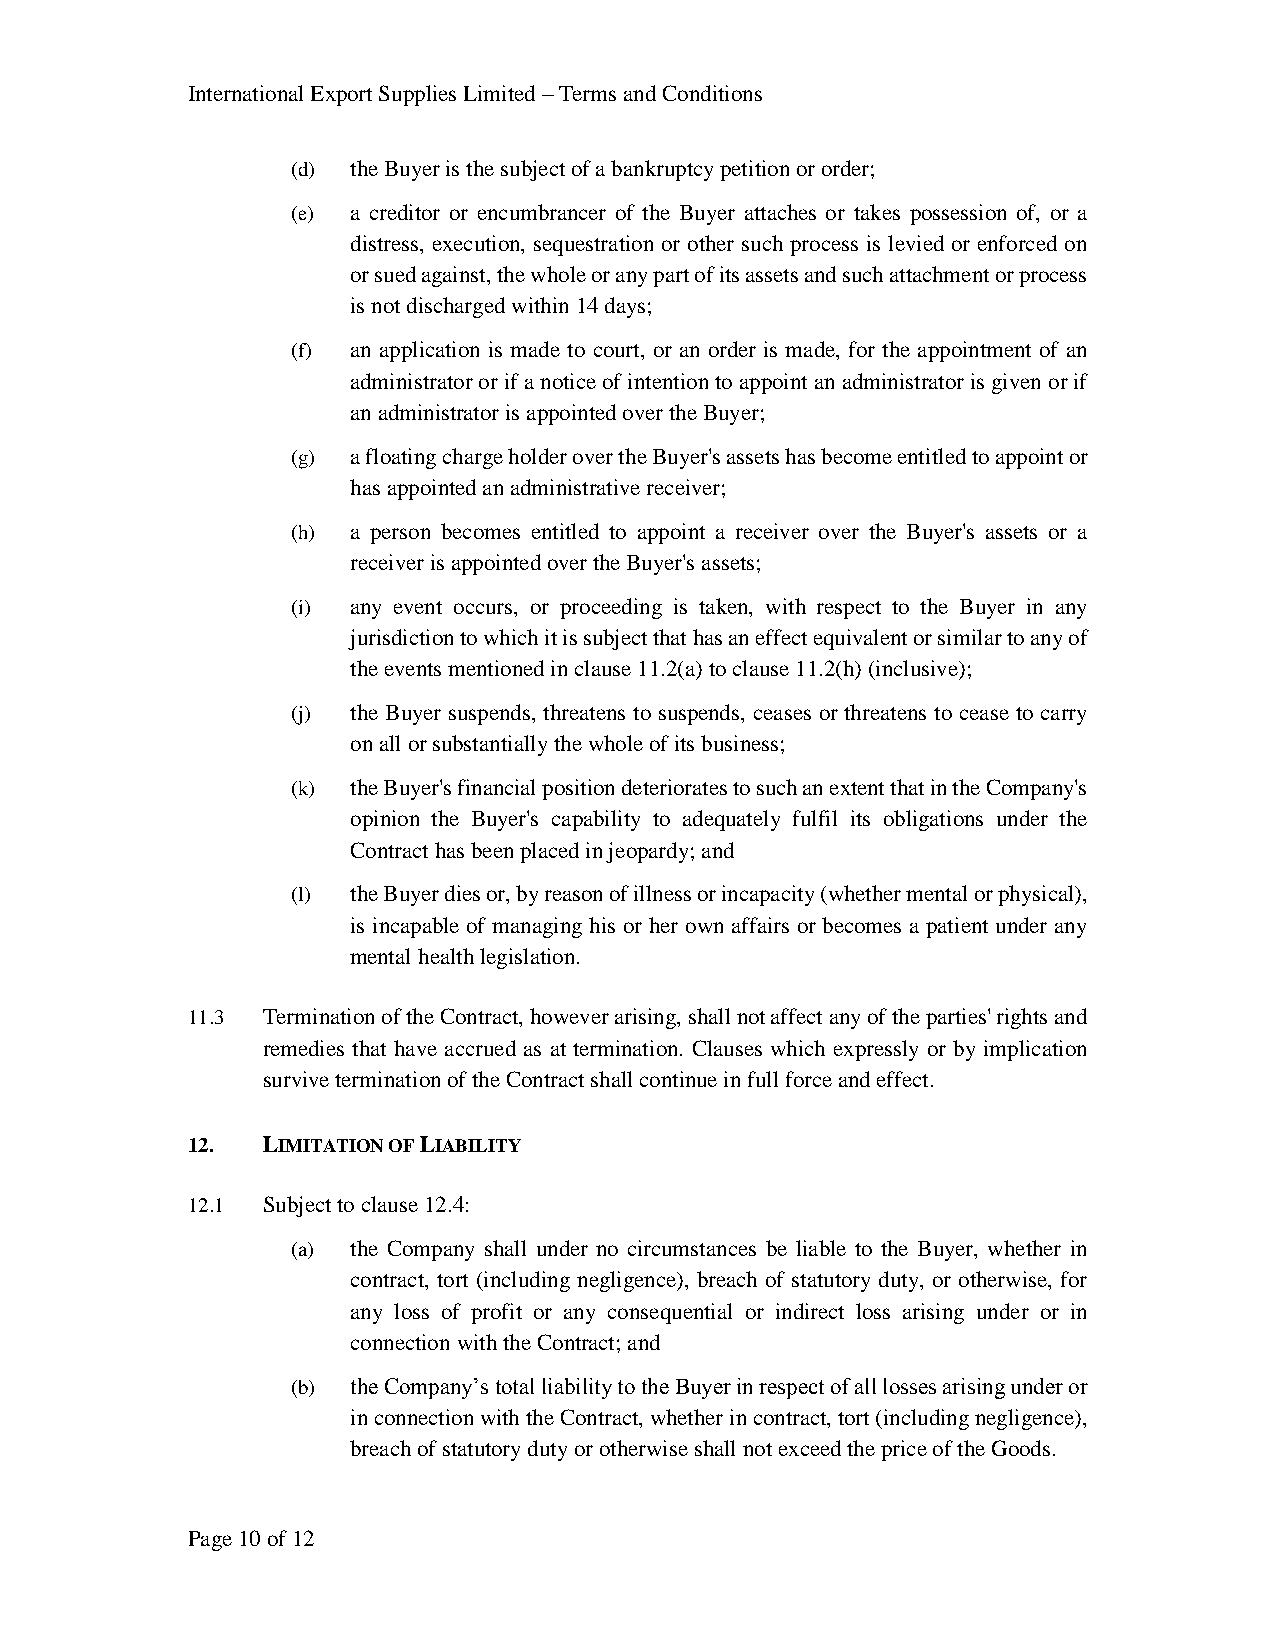
International Export Supplies Limited – Terms and Conditions
 (d) the Buyer is the subject of a bankruptcy petition or order;
 (e) a creditor or encumbrancer of the Buyer attaches or takes possession of, or a
 distress, execution, sequestration or other such process is levied or enforced on
 or sued against, the whole or any part of its assets and such attachment or process
 is not discharged within 14 days;
 (f) an application is made to court, or an order is made, for the appointment of an
 administrator or if a notice of intention to appoint an administrator is given or if
 an administrator is appointed over the Buyer;
 (g) a floating charge holder over the Buyer's assets has become entitled to appoint or
 has appointed an administrative receiver;
 (h) a person becomes entitled to appoint a receiver over the Buyer's assets or a
 receiver is appointed over the Buyer's assets;
 (i) any event occurs, or proceeding is taken, with respect to the Buyer in any
 jurisdiction to which it is subject that has an effect equivalent or similar to any of
 the events mentioned in clause 11.2(a) to clause 11.2(h) (inclusive);
 (j) the Buyer suspends, threatens to suspends, ceases or threatens to cease to carry
 on all or substantially the whole of its business;
 (k) the Buyer's financial position deteriorates to such an extent that in the Company's
 opinion the Buyer's capability to adequately fulfil its obligations under the
 Contract has been placed in jeopardy; and
 (l) the Buyer dies or, by reason of illness or incapacity (whether mental or physical),
 is incapable of managing his or her own affairs or becomes a patient under any
 mental health legislation.
 11.3 Termination of the Contract, however arising, shall not affect any of the parties' rights and
 remedies that have accrued as at termination. Clauses which expressly or by implication
 survive termination of the Contract shall continue in full force and effect.
 12.  LIMITATION OF LIABILITY
 12.1 Subject to clause 12.4:
 (a) the Company shall under no circumstances be liable to the Buyer, whether in
 contract, tort (including negligence), breach of statutory duty, or otherwise, for
 any loss of profit or any consequential or indirect loss arising under or in
 connection with the Contract; and
 (b) the Company’s total liability to the Buyer in respect of all losses arising under or
 in connection with the Contract, whether in contract, tort (including negligence),
 breach of statutory duty or otherwise shall not exceed the price of the Goods.
 Page 10 of 12